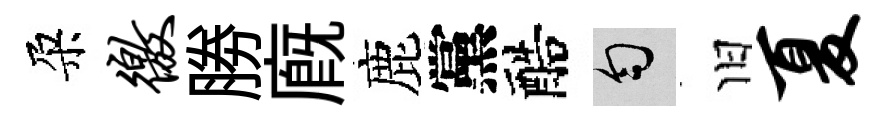
朶徼勝廐鹿黨醅匀旧夏